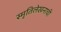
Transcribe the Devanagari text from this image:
स्मृतिलेखनाची